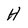
Character: H